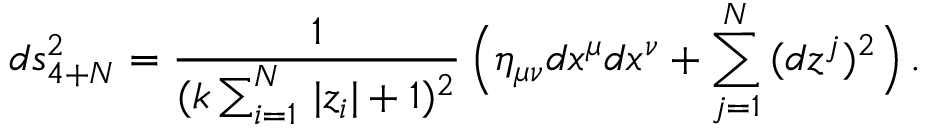
d s _ { 4 + N } ^ { 2 } = \frac { 1 } { ( k \sum _ { i = 1 } ^ { N } \, | z _ { i } | + 1 ) ^ { 2 } } \, \Big ( \eta _ { \mu \nu } d x ^ { \mu } d x ^ { \nu } + \sum _ { j = 1 } ^ { N } \, ( d z ^ { j } ) ^ { 2 } \Big ) \, .